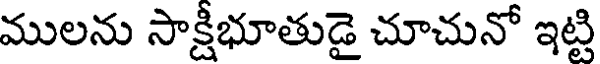
ములను సాక్షీభూతుడై చూచునో ఇట్టి